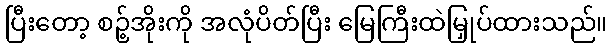
ပြီးတော့ စဉ့်အိုးကို အလုံပိတ်ပြီး မြေကြီးထဲမြှုပ်ထားသည်။